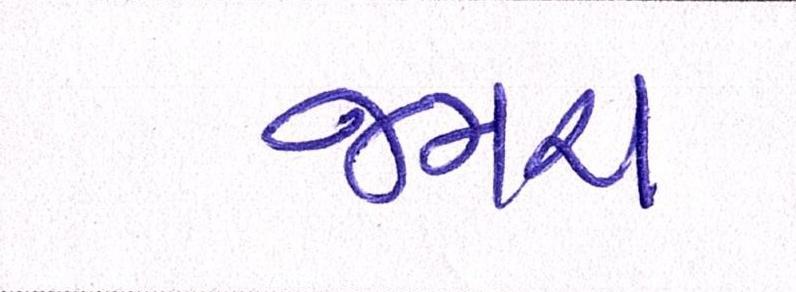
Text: જમરા